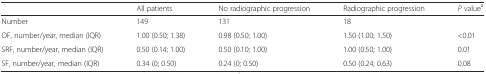
|  | All patients | No radiographic progression | Radiographic progression | P valuea |
 | --- | --- | --- | --- | --- |
 | Number | 149 | 131 | 18 |  |
 | OF, number/year, median (IQR) | 1.00 (0.50; 1.38) | 0.98 (0.50; 1.00) | 1.50 (1.00; 1.50) | <0.01 |
 | SRF, number/year, median (IQR) | 0.50 (0.14; 1.00) | 0.50 (0.10; 1.00) | 1.00 (0.50; 1.00) | 0.01 |
 | SF, number/year, median (IQR) | 0.34 (0; 0.50) | 0.24 (0; 0.50) | 0.50 (0.24; 0.63) | 0.08 |